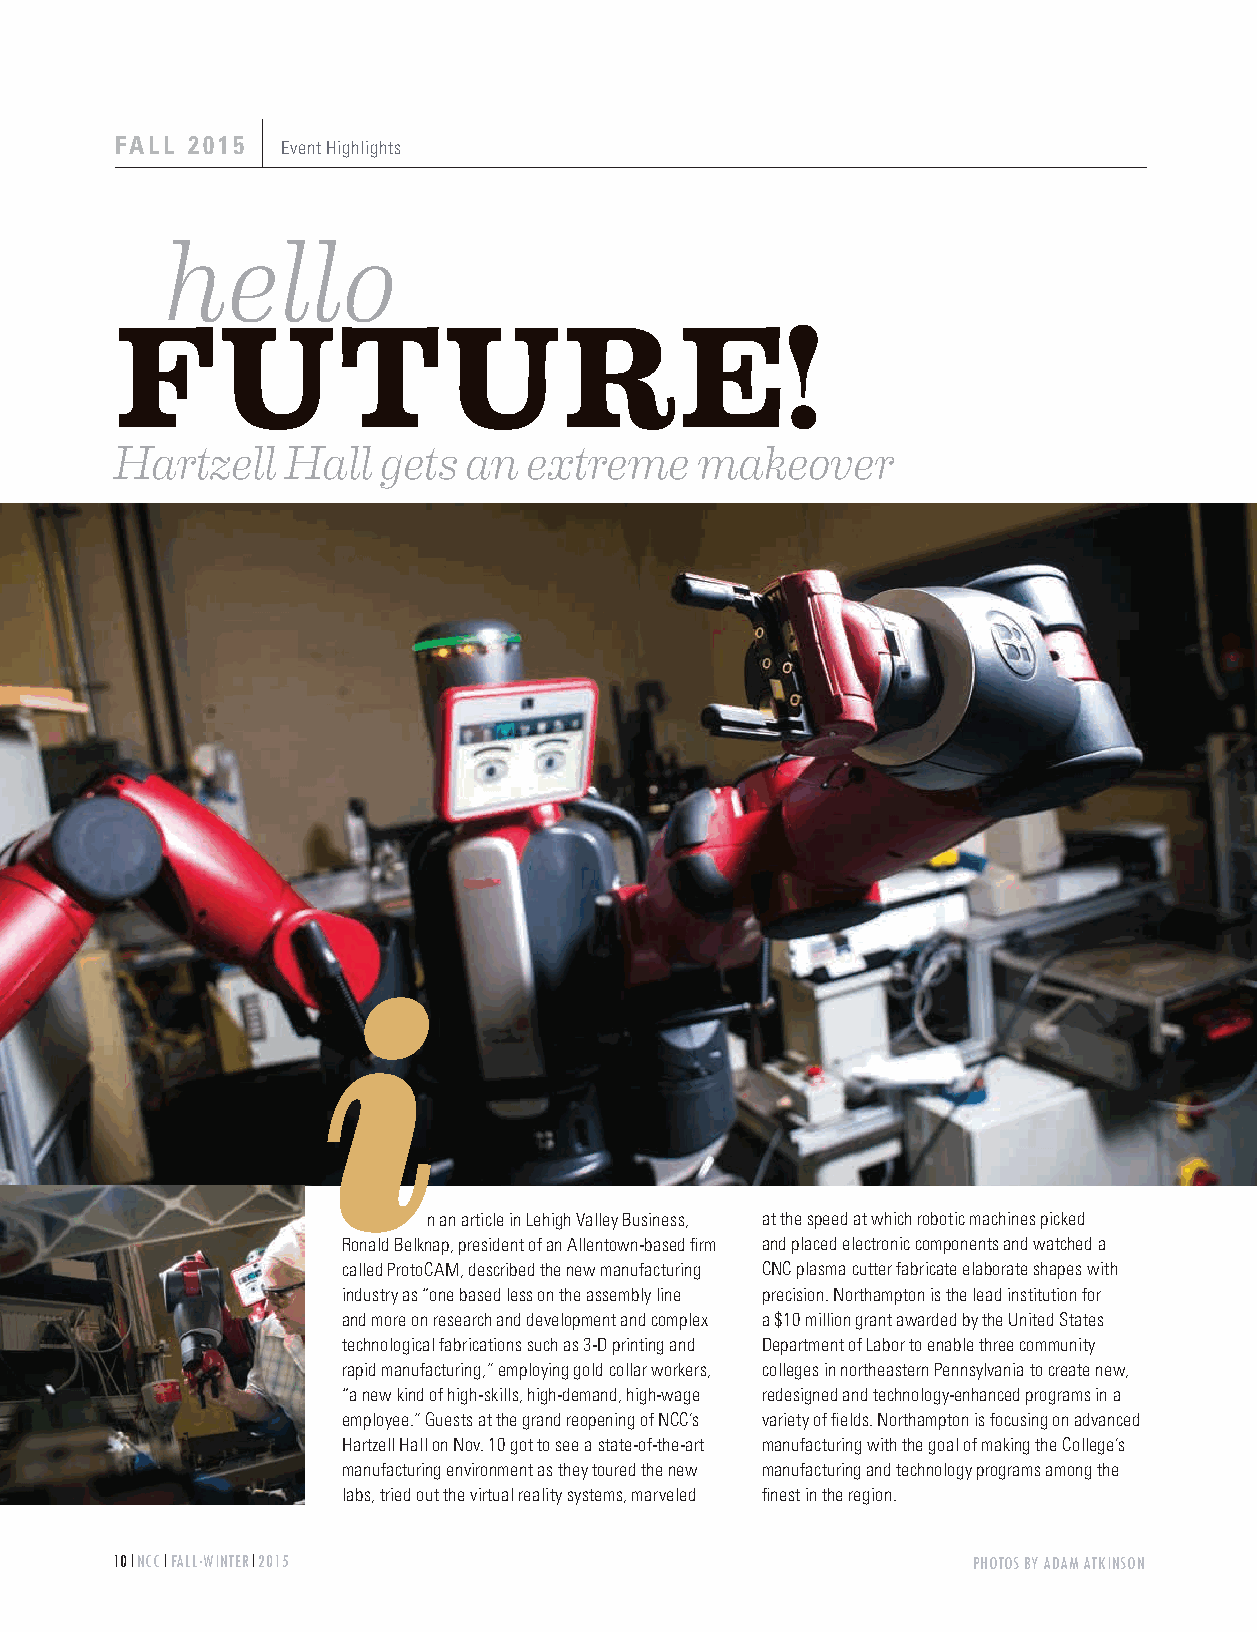
FALL 2015  Event Highlights
 hello
 FUTURE!
 A Fierce Family Finishes Fifth (in the Nation!) By Geoff Gehman
 Hartzell   Hall  gets  an  extreme    makeover
 i
 n an article in Lehigh Valley Business, at the speed at which robotic machines picked
 Ronald Belknap, president of an Allentown-based firm and placed electronic components and watched a
 called ProtoCAM, described the new manufacturing CNC plasma cutter fabricate elaborate shapes with
 industry as “one based less on the assembly line precision. Northampton is the lead institution for
 and more on research and development and complex a $10 million grant awarded by the United States
 technological fabrications such as 3-D printing and Department of Labor to enable three community
 rapid manufacturing,” employing gold collar workers, colleges in northeastern Pennsylvania to create new,
 “a new kind of high-skills, high-demand, high-wage redesigned and technology-enhanced programs in a
 employee.” Guests at the grand reopening of NCC’s variety of fields. Northampton is focusing on advanced
 Hartzell Hall on Nov. 10 got to see a state-of-the-art manufacturing with the goal of making the College’s
 manufacturing environment as they toured the new manufacturing and technology programs among the
 labs, tried out the virtual reality systems, marveled finest in the region.
 10 NCC FALL.WINTER 2015                                  PHOTOS BY ADAM ATKINSON